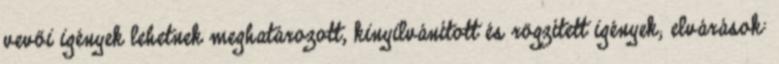
vevői igények lehetnek meghatározott, kinyilvánított és rögzített igények; elvárások: